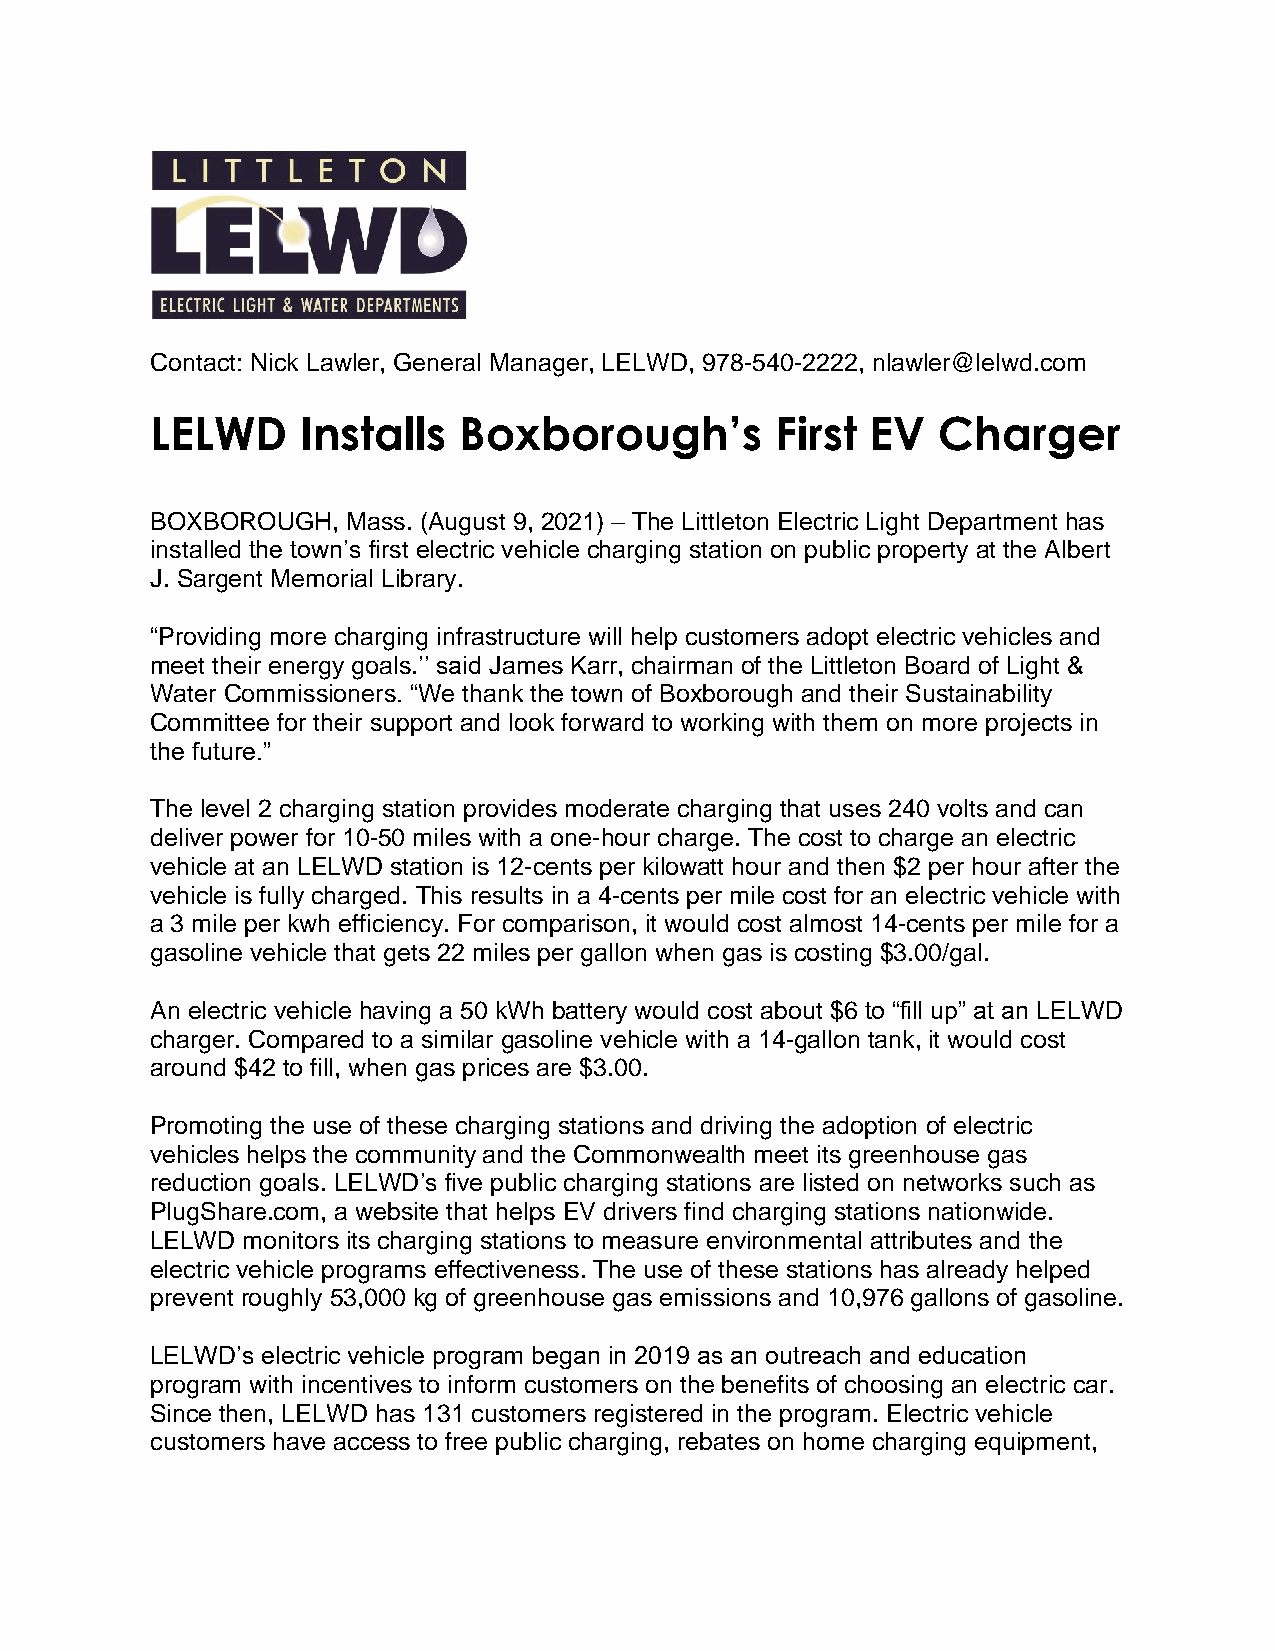
Contact: Nick Lawler, General Manager, LELWD, 978-540-2222, nlawler@lelwd.com
 LELWD     Installs  Boxborough’s         First  EV  Charger
 BOXBOROUGH,  Mass. (August 9, 2021) – The Littleton Electric Light Department has
 installed the town’s first electric vehicle charging station on public property at the Albert
 J. Sargent Memorial Library.
 “Providing more charging infrastructure will help customers adopt electric vehicles and
 meet their energy goals.’’ said James Karr, chairman of the Littleton Board of Light &
 Water Commissioners. “We thank the town of Boxborough and their Sustainability
 Committee for their support and look forward to working with them on more projects in
 the future.”
 The level 2 charging station provides moderate charging that uses 240 volts and can
 deliver power for 10-50 miles with a one-hour charge. The cost to charge an electric
 vehicle at an LELWD station is 12-cents per kilowatt hour and then $2 per hour after the
 vehicle is fully charged. This results in a 4-cents per mile cost for an electric vehicle with
 a 3 mile per kwh efficiency. For comparison, it would cost almost 14-cents per mile for a
 gasoline vehicle that gets 22 miles per gallon when gas is costing $3.00/gal.
 An electric vehicle having a 50 kWh battery would cost about $6 to “fill up” at an LELWD
 charger. Compared to a similar gasoline vehicle with a 14-gallon tank, it would cost
 around $42 to fill, when gas prices are $3.00.
 Promoting the use of these charging stations and driving the adoption of electric
 vehicles helps the community and the Commonwealth meet its greenhouse gas
 reduction goals. LELWD’s five public charging stations are listed on networks such as
 PlugShare.com, a website that helps EV drivers find charging stations nationwide.
 LELWD monitors its charging stations to measure environmental attributes and the
 electric vehicle programs effectiveness. The use of these stations has already helped
 prevent roughly 53,000 kg of greenhouse gas emissions and 10,976 gallons of gasoline.
 LELWD’s electric vehicle program began in 2019 as an outreach and education
 program with incentives to inform customers on the benefits of choosing an electric car.
 Since then, LELWD has 131 customers registered in the program. Electric vehicle
 customers have access to free public charging, rebates on home charging equipment,